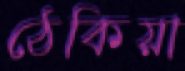
ঠেকিয়া